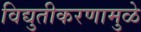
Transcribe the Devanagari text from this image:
विद्युतीकरणामुळे